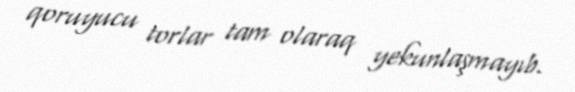
qoruyucu torlar tam olaraq yekunlaşmayıb.